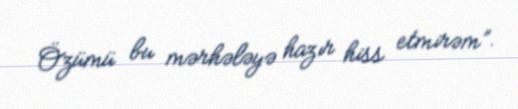
Özümü bu mərhələyə hazır hiss etmirəm”.